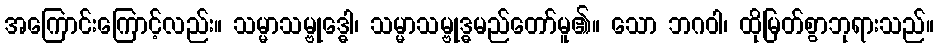
အကြောင်းကြောင့်လည်း။ သမ္မာသမ္ဗုဒ္ဓေါ၊ သမ္မာသမ္ဗုဒ္ဓမည်တော်မူ၏။ သော ဘဂဝါ၊ ထိုမြတ်စွာဘုရားသည်။